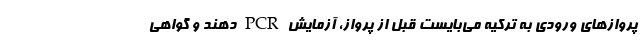
پروازهای ورودی به ترکیه می‌بایست قبل از پرواز، آزمایش PCR دهند و گواهی